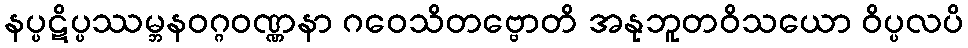
နပ္ပဋိပ္ပဿမ္ဘနဝဂ္ဂဝဏ္ဏနာ ဂဝေသိတဗ္ဗောတိ အနုဘူတဝိသယော ဝိပ္ပလပိ